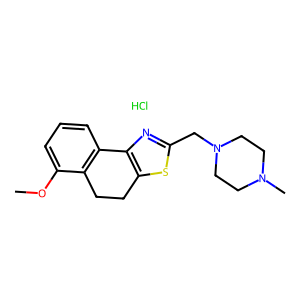
SMILES: COc1cccc2c1CCc1sc(CN3CCN(C)CC3)nc1-2.Cl
Inhibits HIV replication: No